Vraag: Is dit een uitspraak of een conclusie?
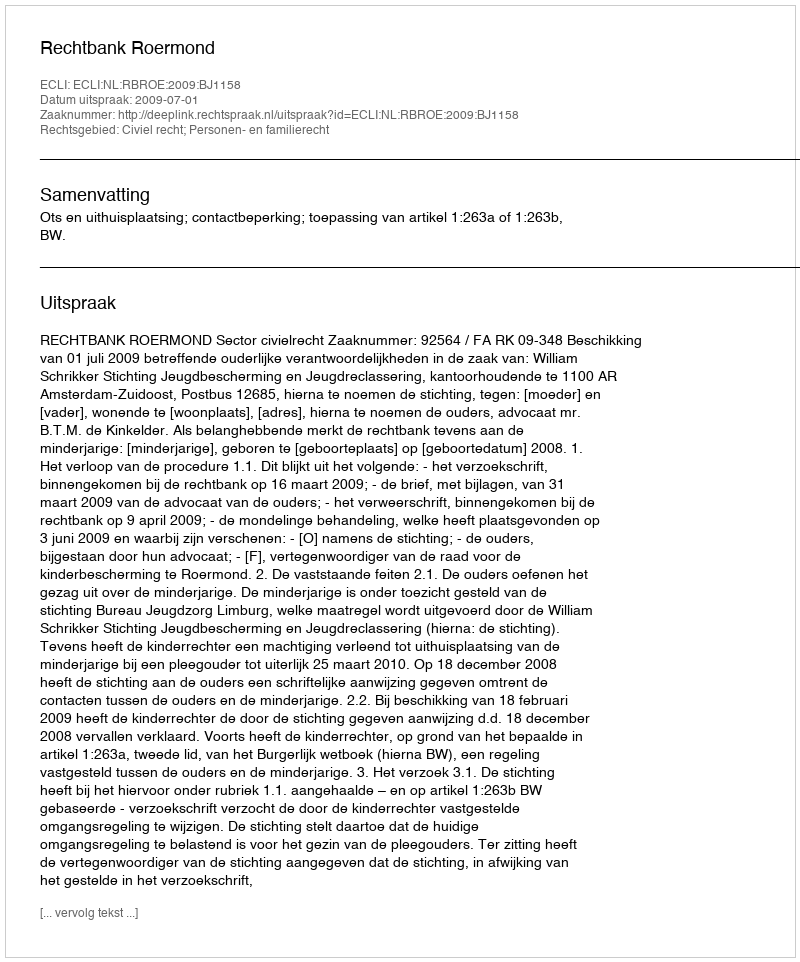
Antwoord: Uitspraak